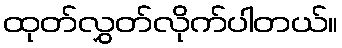
ထုတ်လွှတ်လိုက်ပါတယ်။